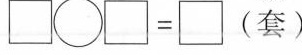
$$\Box \circ \Box = \Box$$ (套)